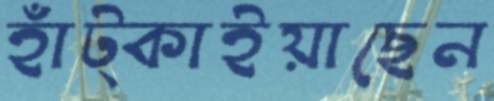
হাঁট্‌কাইয়াছেন